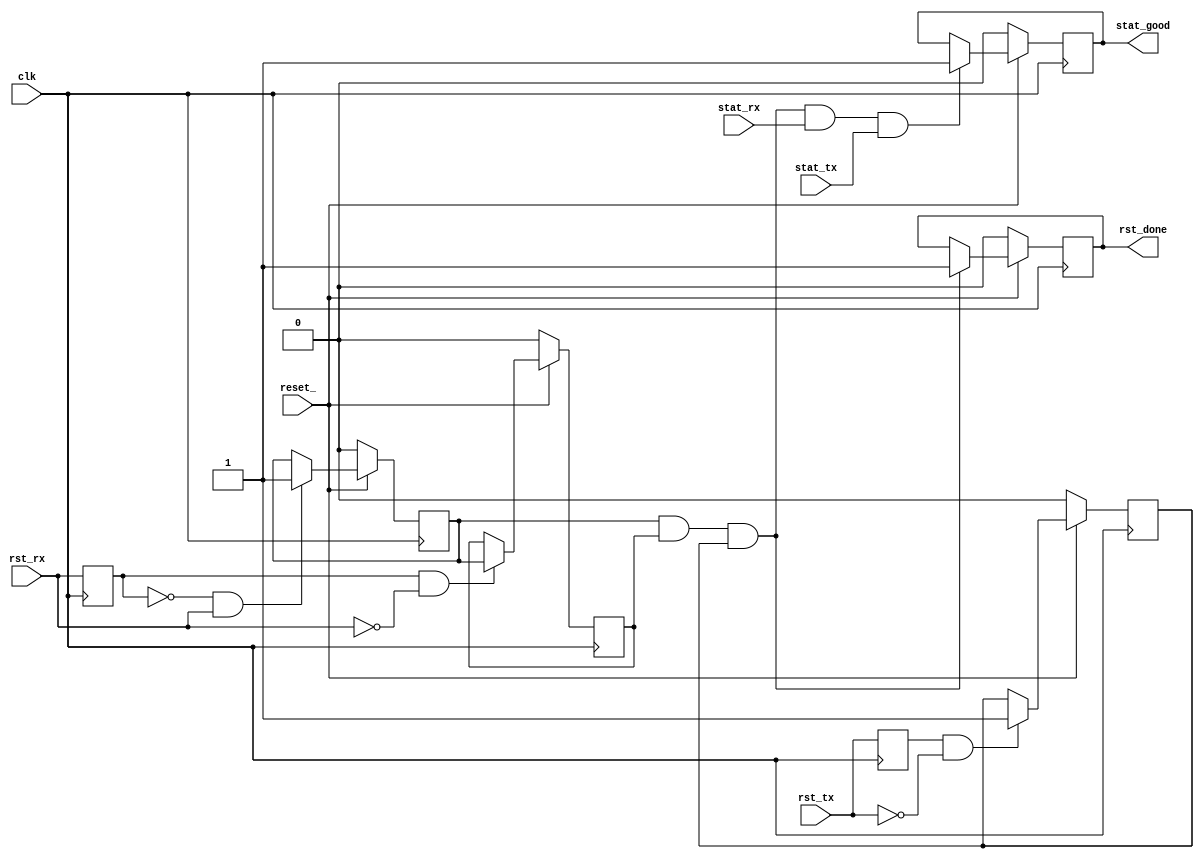
//****************************************************************
// December 6, 2022
//
// Licensed to the Apache Software Foundation (ASF) under one
// or more contributor license agreements.  See the NOTICE file
// distributed with this work for additional information
// regarding copyright ownership.  The ASF licenses this file
// to you under the Apache License, Version 2.0 (the
// "License"); you may not use this file except in compliance
// with the License.  You may obtain a copy of the License at
//
//   http://www.apache.org/licenses/LICENSE-2.0
//
// Unless required by applicable law or agreed to in writing,
// software distributed under the License is distributed on an
// "AS IS" BASIS, WITHOUT WARRANTIES OR CONDITIONS OF ANY
// KIND, either express or implied.  See the License for the
// specific language governing permissions and limitations
// under the License.
//
// Project: N/A
// Comments: Xilinx PHY Reset Detection
//           Asserts rst_done once PHY has finished reset
//
//           NOTE: Only tested with complete PHY reset (issued by 'sys_reset')
//
//********************************
// File history:
//   2022-11-10: Original
//****************************************************************

`timescale 1ns / 1ps


module rstctrl_phy (
        input       clk,
        input       reset_,

        input       rst_rx,
        input       rst_tx,

        input       stat_rx,
        input       stat_tx,

        output reg  rst_done,
        output reg  stat_good
    );

    //Reset inputs delayed by 1 cycle
    reg rst_rx_dly, rst_tx_dly;
    always @ (posedge clk) begin
        rst_rx_dly <= rst_rx;
        rst_tx_dly <= rst_tx;
    end

    //Reset input edge detection
    reg rst_rx_r, rst_rx_f, rst_tx_f;
    always @ (posedge clk) begin
        if(!reset_) begin
            rst_rx_r    <=  1'b0;
            rst_rx_f    <=  1'b0;
            rst_tx_f    <=  1'b0;

            rst_done    <=  1'b0;
            stat_good   <=  1'b0;
        end
        else begin
            rst_rx_r    <= (!rst_rx_dly &  rst_rx) ? 1'b1     : rst_rx_r;
            rst_rx_f    <= ( rst_rx_dly & !rst_rx) ? rst_rx_r : rst_rx_f;
            rst_tx_f    <= ( rst_tx_dly & !rst_tx) ? 1'b1     : rst_tx_f;

            rst_done    <= (rst_rx_r & rst_rx_f & rst_tx_f) ? 1'b1 : rst_done;
            stat_good   <= (rst_rx_r & rst_rx_f & rst_tx_f & stat_rx & stat_tx) ? 1'b1 : stat_good;
        end
    end

endmodule